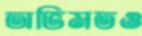
অভিমতও